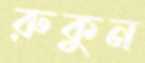
রুকুন